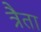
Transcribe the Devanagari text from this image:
त्रैता